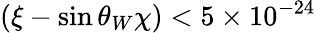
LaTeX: (\xi-\sin\theta_{W}\chi)<5\times 10^{-24}